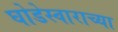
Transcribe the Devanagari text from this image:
घोडेस्वाराच्या